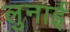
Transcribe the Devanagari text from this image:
लुनाई